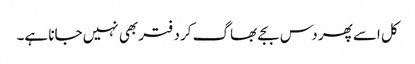
کل اسے پھر دس بجے بھاگ کر دفتر بھی نہیں جانا ہے۔